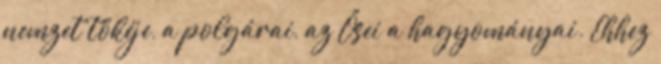
nemzet tőkéje, a polgárai, az Ősei a hagyományai. Ehhez